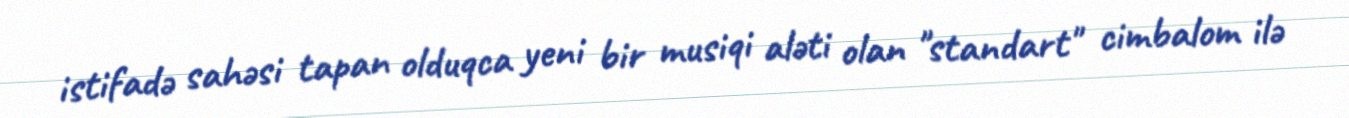
istifadə sahəsi tapan olduqca yeni bir musiqi aləti olan "standart" cimbalom ilə